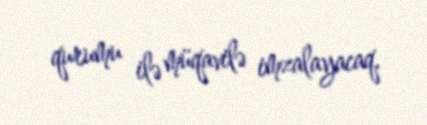
qurumu ilə müqavilə imzalayacaq.